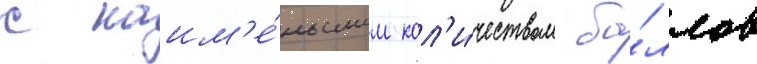
с наим'е́ньшим кол'и́чеством ба́ллов